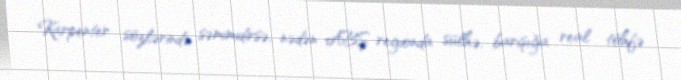
Karpenter sözlərində səmimidirsə, nədən ABŞ regionda sülhə, barışığa real töhfə